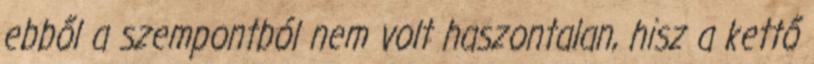
ebből a szempontból nem volt haszontalan, hisz a kettő